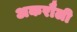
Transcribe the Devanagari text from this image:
अकरौली